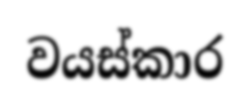
වයස්කාර